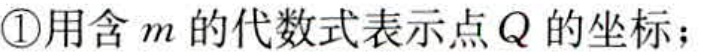
\textcircled{1}用含\(m\)的代数式表示点\(Q\)的坐标；